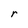
Character: r